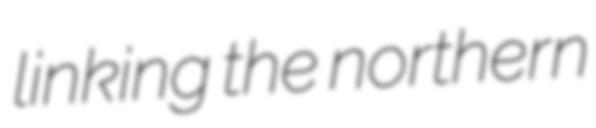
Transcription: linking the northern